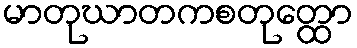
မာတုဃာတကစတုတ္ထော